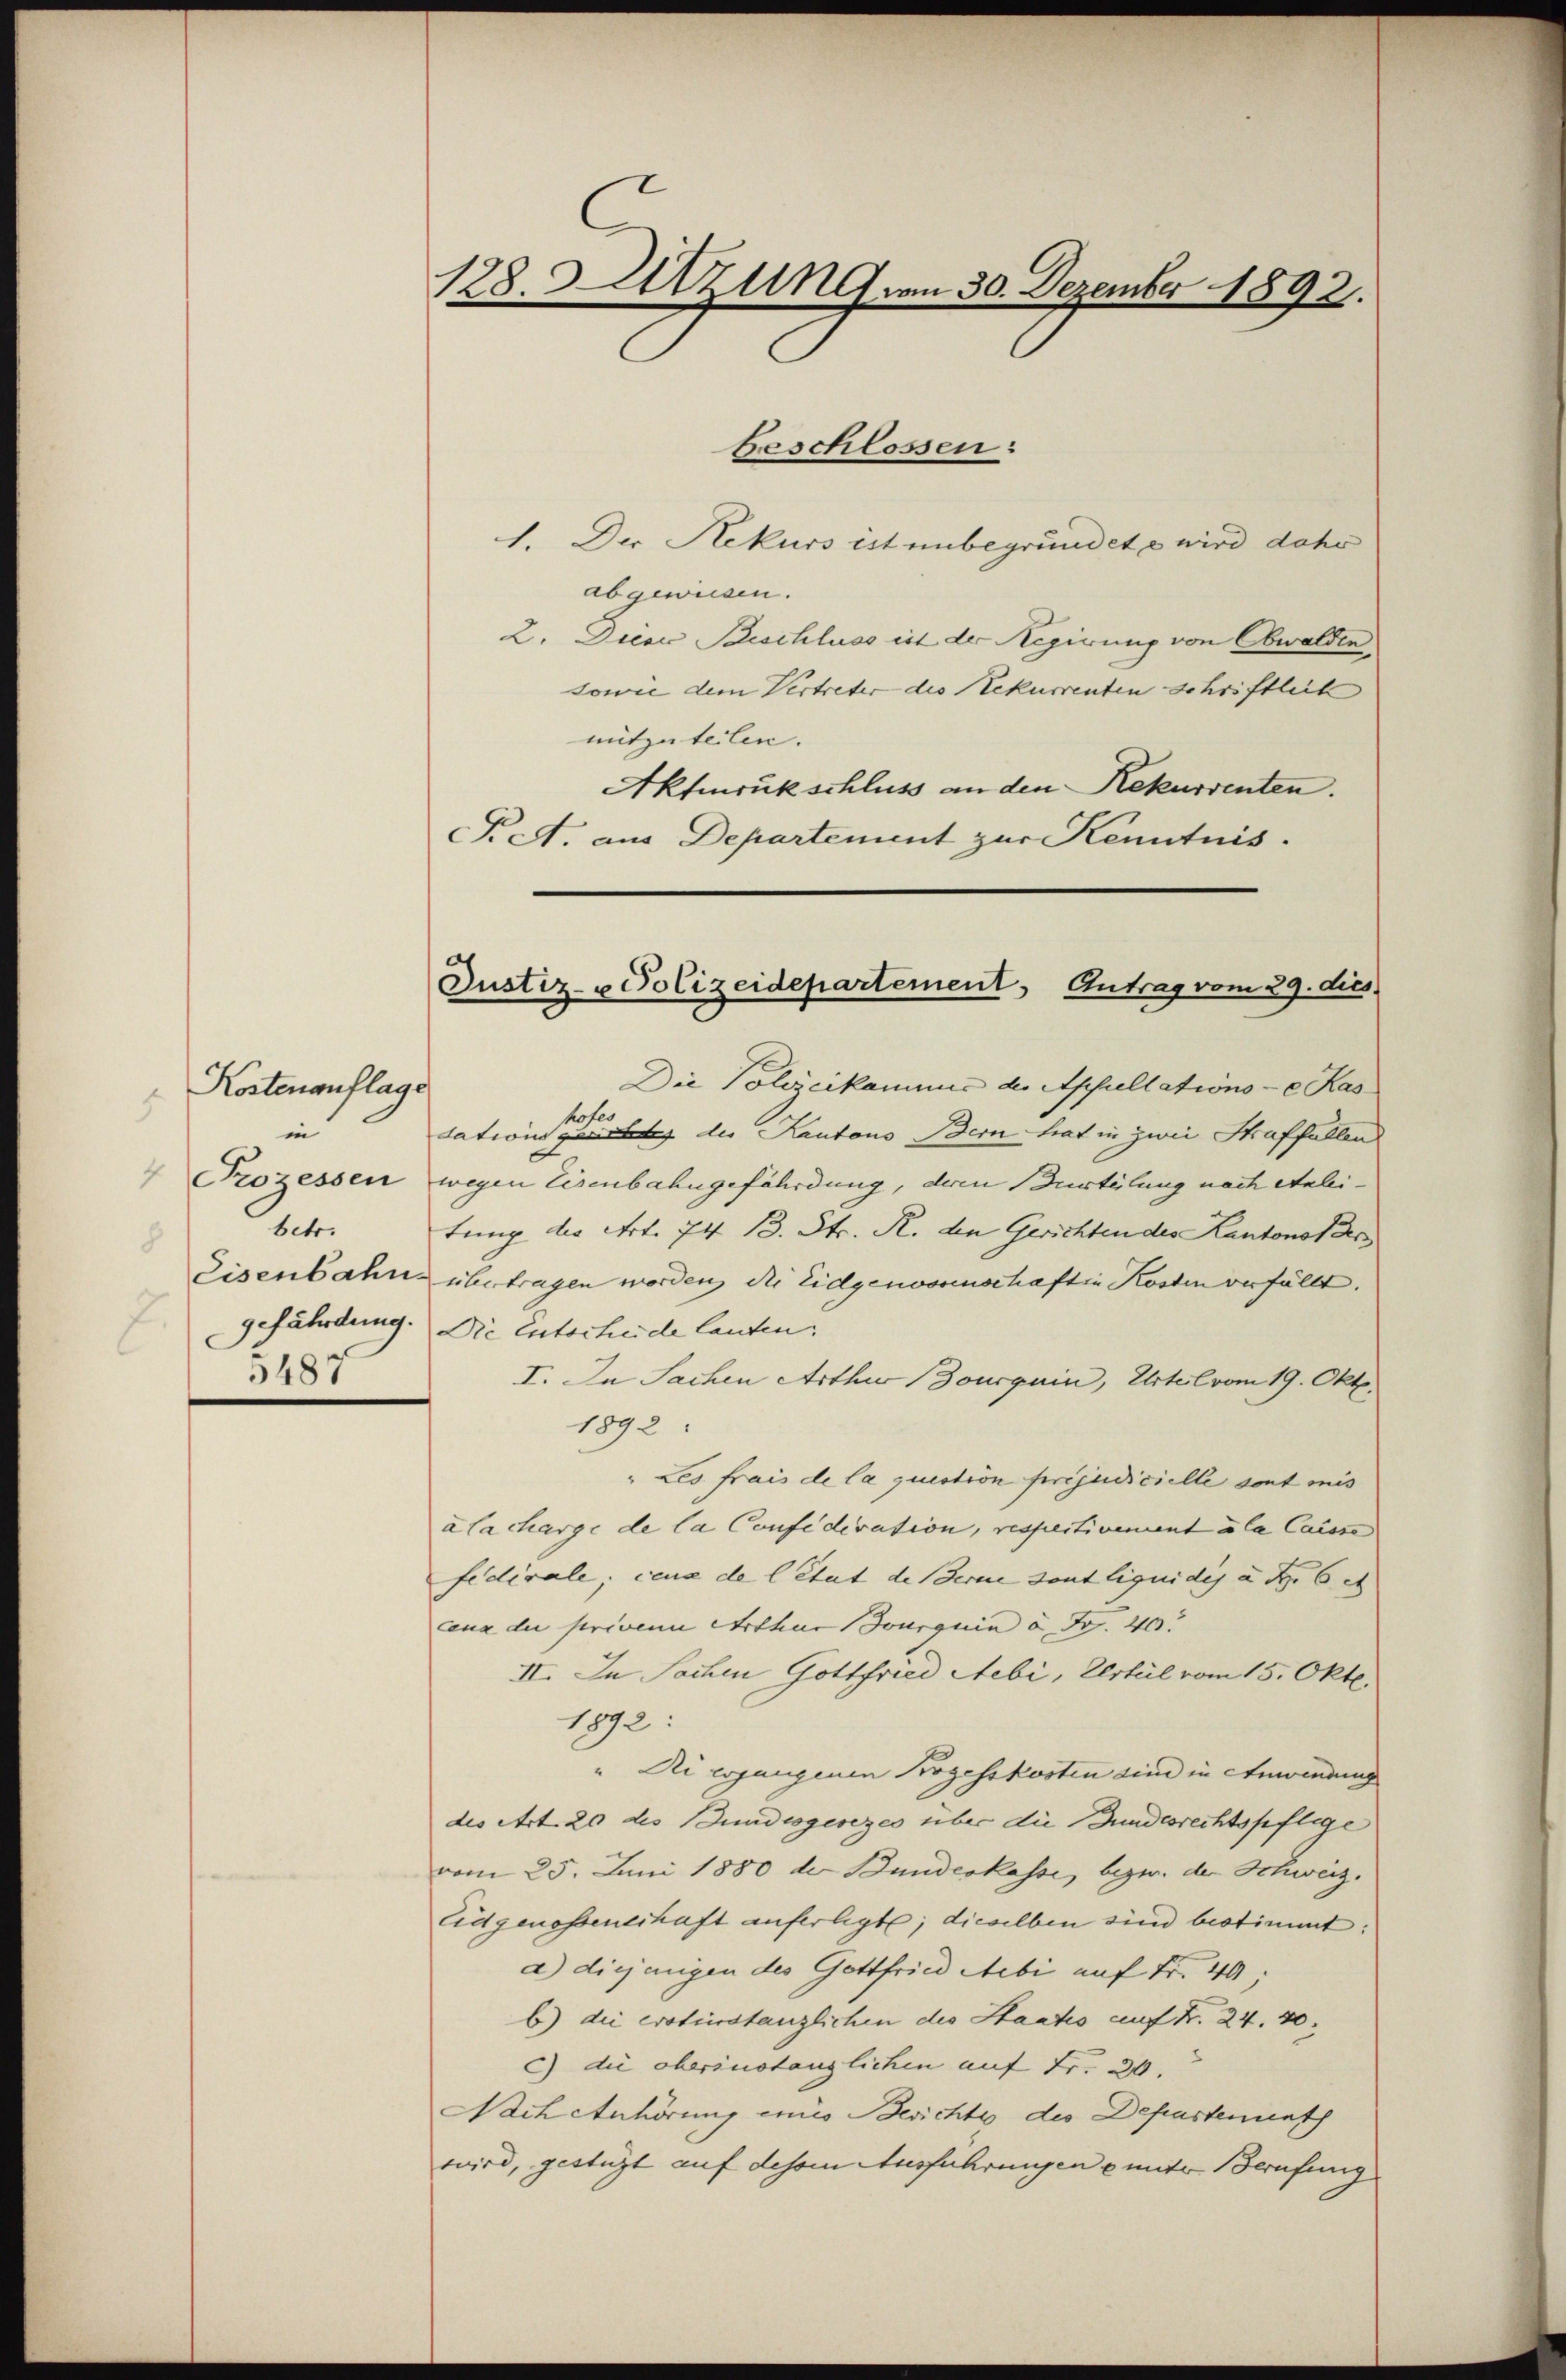
Kostenauflage
1
in
8
3487

128. Sitzung vom 30. Dezember 1892.

beschlossen:
1. Der Rekurs ist unbegründet e wird dahe
abgewiesen.
2. Dieer Beschluss est der Regierung von Obwalden
sowie dem Vertreter des Rekurrenten schriftlich
mitzuteilen. |
Aktenrukschluss an den Rekurrenten.
P A. aus Departement zur Kenntnis.

Justiz- u Polizeidepartement Antrag vom 29. dies

Die Polizeikammes der Apfullations - Kas
hofer
tationsgerichte der Kantons Bern hat in zwei Straffallen
Prozessen wegen Eisenbahngefährdung, deren urteilung nach Anleibetretung der Art. 74 B. Str. R. den Gerichten des Kantonst des
Eisenbahn übertragen worden, die Eidgenossenschaften Kosten verfüllt.
gefährdung. Die Entscheide lauten:
I. In Sachen Arthur Bourguin, Urteil vom 19. Okt.
1892:
" Les frais de la quation préjudicielle sont mis
à Cacharge de la Confederation, respectivement a la Caisse
fedivale; ceux de l’état de Berne sont liquidis u. d. 6 et
cena der priven Arthur Jourquin à Fr. 400.
II. In Sachen Gottfried Nebi, Urteil vom 15. Okte.
1892:
"Di ergangenen Prozesskosten sind in Anwendung
des Art. 20 des Bundesgesezes über die Bundesrechtspflege
vom 25. Juni 1880 der Bundeskasse, bezw. der Schweiz.
Eidgenossenschaft anferlegt; dieselben sind bestimmt:
a) diejenigen des Gottfried Mebi auf Fr. 40;
b) die erotierstanzlichen des Staates auf Fr. 24. 20.
c) die oberinstanzlichen auf Fr. 20.
Nach Anhörung eines Berichte des Departenunt
wird, gestüzt auf desem Ausführungen u unter Berufung